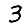
Digit: 3